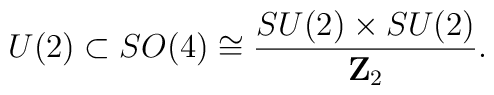
U(2)\subset SO(4)\cong {SU(2)\times SU(2)\over {\bf Z}_2}.